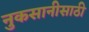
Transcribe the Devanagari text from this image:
नुकसानीसाठी